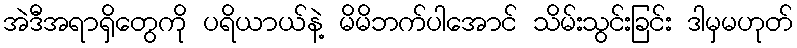
အဲဒီအရာရှိတွေကို ပရိယာယ်နဲ့ မိမိဘက်ပါအောင် သိမ်းသွင်းခြင်း ဒါမှမဟုတ်